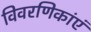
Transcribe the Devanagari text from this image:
विवरणिकांएं